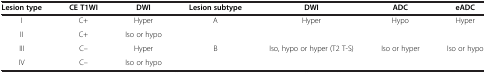
| Lesion type | CE T1WI | DWI | Lesion subtype | DWI | ADC | eADC |
 | --- | --- | --- | --- | --- | --- | --- |
 | I | C+ | Hyper | <ROWSPAN=2> A | <ROWSPAN=2> Hyper | <ROWSPAN=2> Hypo | <ROWSPAN=2> Hyper |
 | II | C+ | Iso or hypo |
 | III | C– | Hyper | B | Iso, hypo or hyper (T2 T-S) | Iso or hyper | Iso or hypo |
 | IV | C– | Iso or hypo |  |  |  |  |